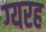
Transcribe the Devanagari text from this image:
ग्यरह